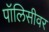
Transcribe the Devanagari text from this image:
पॉलिसीवर